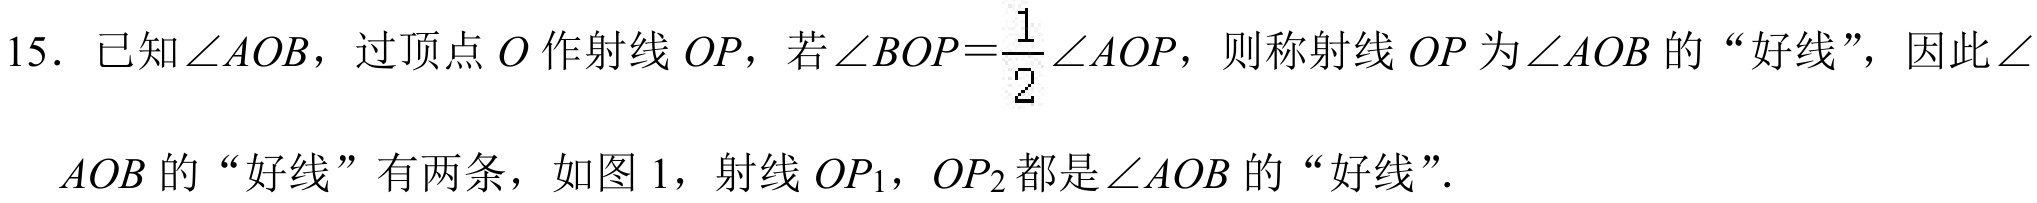
15. 已知\(\angle AOB\)，过顶点 \(O\)作射线 \(OP\)，若\(\angle BOP=\frac{1}{2}\angle AOP\)，则称射线 \(OP\)为\(\angle AOB\)的“好线”，因此\(\angle AOB\)的“好线”有两条，如图 \(1\)，射线 \(OP_{1}\)，\(OP_{2}\)都是\(\angle AOB\)的“好线”.